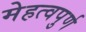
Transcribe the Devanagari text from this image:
मेहत्वपुर्ण